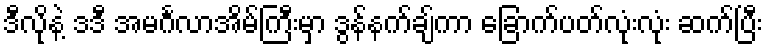
ဒီလိုနဲ့ ဒဒီ အမင်္ဂလာအိမ်ကြီးမှာ ဒွန်နက်ချ်ကာ ခြောက်ပတ်လုံးလုံး ဆက်ပြီး